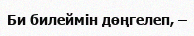
Би билеймiн дөңгелеп, –